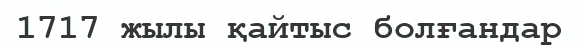
1717 жылы қайтыс болғандар